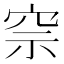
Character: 𥥓